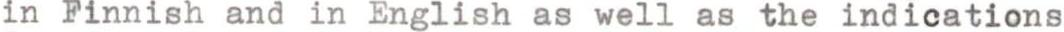
in Finnish and in English as well as the indications